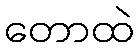
တောထဲ